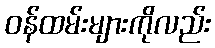
ဝန်ထမ်းများကိုလည်း